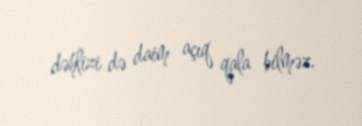
dəhlizi də daim açıq qala bilməz.